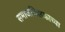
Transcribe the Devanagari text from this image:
समाजशिक्षकाच्या